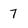
Character: 7